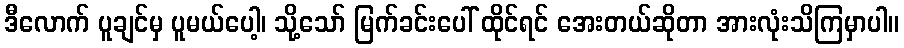
ဒီလောက် ပူချင်မှ ပူမယ်ပေါ့၊ သို့သော် မြက်ခင်းပေါ် ထိုင်ရင် အေးတယ်ဆိုတာ အားလုံးသိကြမှာပါ။